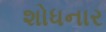
શોધનાર